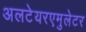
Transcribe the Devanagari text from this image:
अलटेयरएमुलेटर